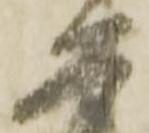
恐